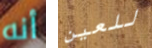
أنه للعين